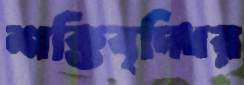
শক্তিবৃদ্ধির